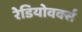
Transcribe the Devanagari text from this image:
रेडियोवर्क्स